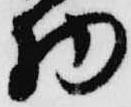
物